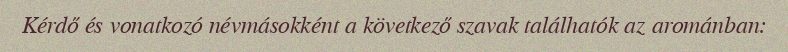
Kérdő és vonatkozó névmásokként a következő szavak találhatók az arománban: